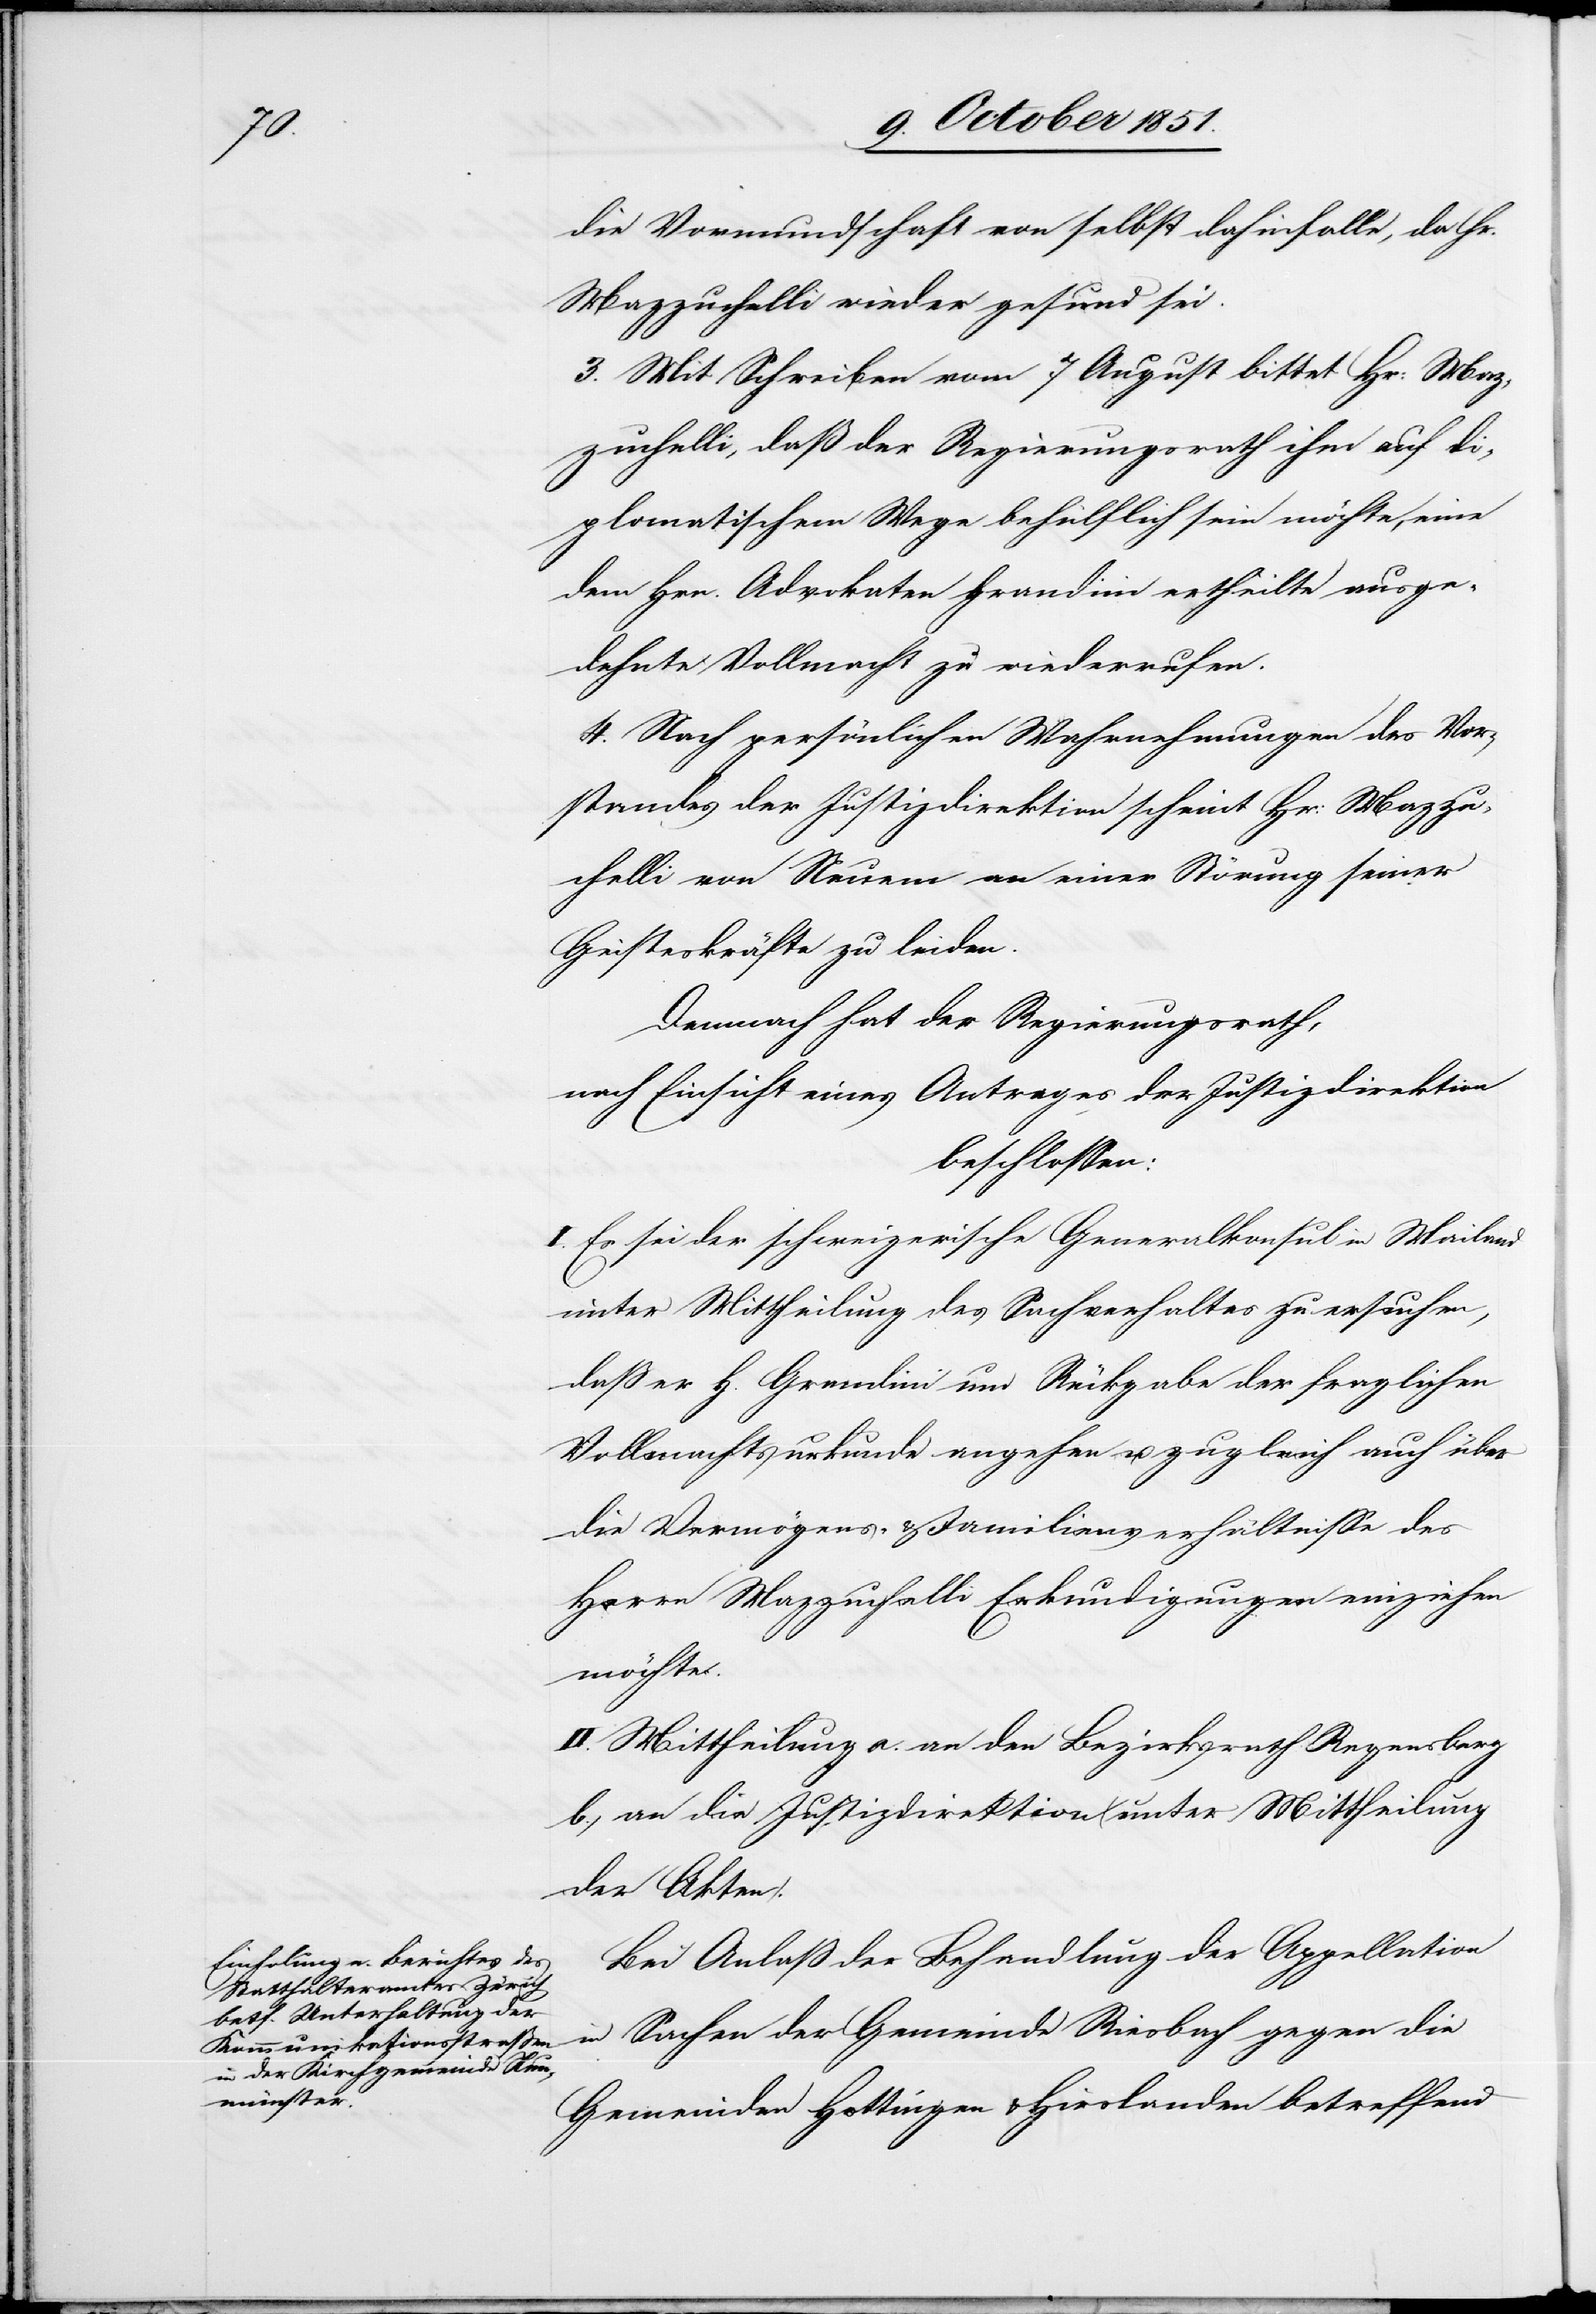
die Vormundschaft von selbst dahinfalle, da Hr.
Mazzuchelli wieder gesund sei.
3. Mit Schreiben vom 7 August bittet Hr: Maz¬
zuchelli, daß der Regierungsrath ihm auf di¬
plomatischem Wege behülflich sein möchte, eine
dem Hrn. Advokaten Grandini ertheilte ausge¬
dehnte Vollmacht zu wiederrufen.
4. Nach persönlichen Wahrnehmungen des Vor¬
standes der Justizdirektion scheint Hr: Mazzu¬
chelli von Neuem an einer Störung seiner
Geisteskräfte zu leiden.
Demnach hat der Regierungsrath,
nach Einsicht eines Antrages der Justizdirektion
beschlossen:
I. Es sei der schweizerische Generalkonsul in Mailand
unter Mittheilung des Sachverhaltes zu ersuchen,
daß er H. Grandini um Rückgabe der fraglichen
Vollmachtsurkunde angehen u. zugleich auch über
die Vermögens- & Familienverhältnisse des
Herrn Mazzuchelli Erkundigungen einziehen
möchte.
II. Mittheilung a. an den Bezirksrath Regensberg
b.) an die Justizdirektion (unter Mittheilung
der Akten).
Bei Anlaß der Behandlung der Appellation
in Sachen der Gemeinde Riesbach gegen die
Gemeinden Hottingen & Hirslanden betreffend